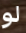
لو